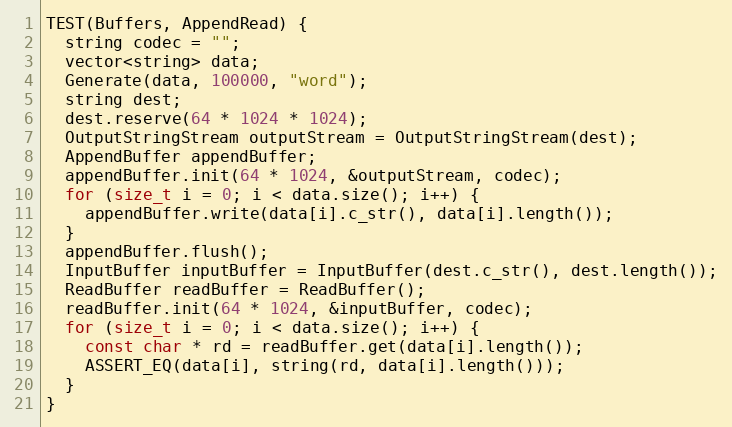
Language: C++
TEST(Buffers, AppendRead) {
  string codec = "";
  vector<string> data;
  Generate(data, 100000, "word");
  string dest;
  dest.reserve(64 * 1024 * 1024);
  OutputStringStream outputStream = OutputStringStream(dest);
  AppendBuffer appendBuffer;
  appendBuffer.init(64 * 1024, &outputStream, codec);
  for (size_t i = 0; i < data.size(); i++) {
    appendBuffer.write(data[i].c_str(), data[i].length());
  }
  appendBuffer.flush();
  InputBuffer inputBuffer = InputBuffer(dest.c_str(), dest.length());
  ReadBuffer readBuffer = ReadBuffer();
  readBuffer.init(64 * 1024, &inputBuffer, codec);
  for (size_t i = 0; i < data.size(); i++) {
    const char * rd = readBuffer.get(data[i].length());
    ASSERT_EQ(data[i], string(rd, data[i].length()));
  }
}